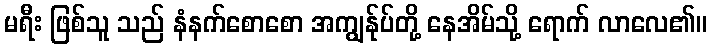
မရီး ဖြစ်သူ သည် နံနက်စောစော အကျွန်ုပ်တို့ နေအိမ်သို့ ရောက် လာလေ၏။